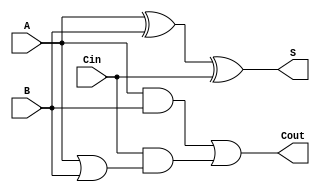
`timescale 1ns / 1ps
//////////////////////////////////////////////////////////////////////////////////
// Company: 
// Engineer: 
// 
// Design Name: 
// Module Name:    full_adder 
// Project Name: 
// Target Devices: 
// Tool versions: 
// Description: 
//
// Dependencies: 
//
// Revision: 
// Revision 0.01 - File Created
// Additional Comments: 
//
//////////////////////////////////////////////////////////////////////////////////
module full_adder(A, B, Cin, S, Cout);
	 input A,B,Cin;
	 output S, Cout;
	 
	 assign S = A^B^Cin;
	 assign Cout = (A&B)|(Cin&(A|B));
	 /*Alternate Code
	 wire t, t1, t2; //temp
	 
	xor(S,A,B,Cin);
	or(Cout, and(t, A,B), and(t1, Cin, or(t2,A,B)));
	*/
endmodule